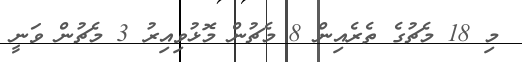
މި 18 މެޗުގެ ތެރެއިން 8 މެޗުން މޮޅުވިއިރު 3 މެޗުން ވަނީ